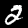
Label: 2